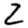
Digit: 2